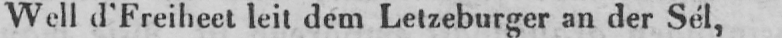
Well d’Freiheet leit dem Letzeburger an der Sél,